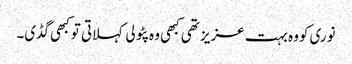
نوری کووہ بہت عزیز تھی کبھی وہ پٹولی کہلاتی تو کبھی گڈی۔